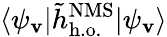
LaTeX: \langle\psi_{\mathbf{v}}|\tilde{{h}}_{\mathrm{{h.o.}}}^{\mathrm{{NMS}}}|\psi_{\mathbf{v}}\rangle